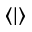
\langle \lvert \rangle